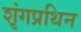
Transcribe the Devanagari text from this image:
शृंगप्रथिन